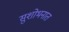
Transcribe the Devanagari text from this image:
सुशोभनात